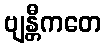
ဗျန္တီကတေ